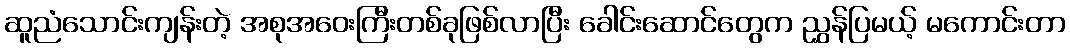
ဆူညံသောင်းကျန်းတဲ့ အစုအဝေးကြီးတစ်ခုဖြစ်လာပြီး ခေါင်းဆောင်တွေက ညွှန်ပြမယ့် မကောင်းတာ